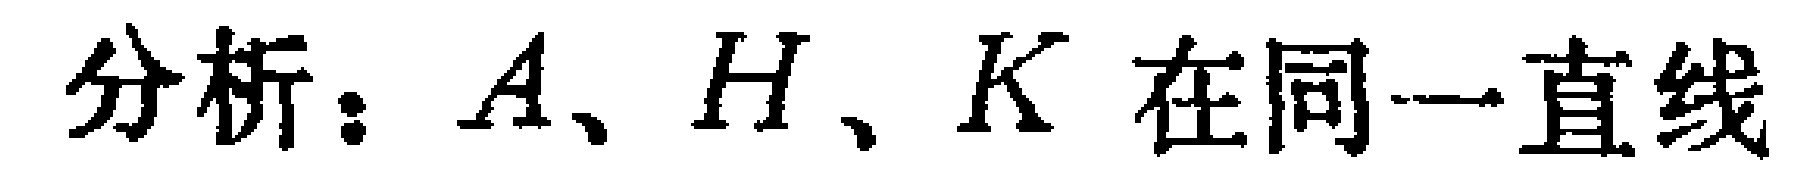
分析：$A、H、K$ 在同一直线